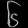
Digit: ၆